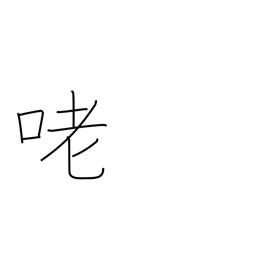
Meaning: voice